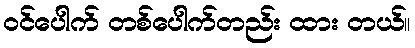
ဝင်ပေါက် တစ်ပေါက်တည်း ထား တယ်။